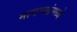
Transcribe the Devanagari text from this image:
मागण्यांमध्ये